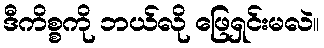
ဒီကိစ္စကို ဘယ်လို ဖြေရှင်းမလဲ။